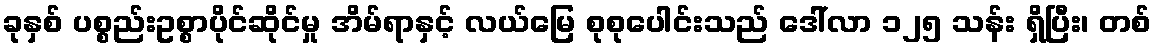
ခုနှစ် ပစ္စည်းဥစ္စာပိုင်ဆိုင်မှု အိမ်ရာနှင့် လယ်မြေ စုစုပေါင်းသည် ဒေါ်လာ ၁၂၅ သန်း ရှိပြီး၊ တစ်